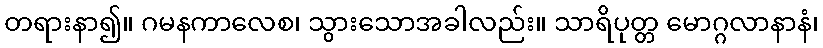
တရားနာ၍။ ဂမနကာလေစ၊ သွားသောအခါလည်း။ သာရိပုတ္တ မောဂ္ဂလာနာနံ၊